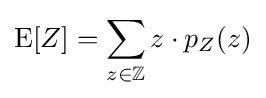
\operatorname {E} [Z]=\sum _{z\in \mathbb {Z} }z\cdot p_{Z}(z)